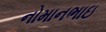
નોમાનભાઇ